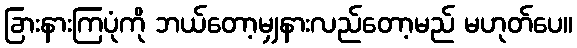
ခြားနားကြပုံကို ဘယ်တော့မျှနားလည်တော့မည် မဟုတ်ပေ။